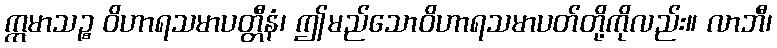
ဣမာသဉ္စ ဝိဟာရသမာပတ္တီနံ၊ ဤမည်သောဝိဟာရသမာပတ်တို့ကိုလည်း။ လာဘီ၊